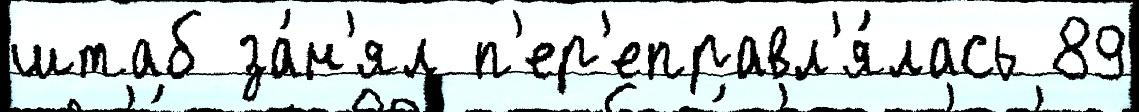
штаб за́н'ял п'ер'еправл'я́лась 89